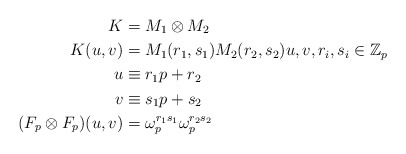
\begin{align*}K& = M_1 \otimes M_2 \\K(u,v)& = M_1(r_1, s_1) M_2(r_2, s_2)u, v, r_i, s_i \in \mathbb{Z}_p \\u& \equiv r_1 p + r_2 \\v& \equiv s_1 p + s_2 \\(F_p \otimes F_p) (u,v)& = \omega_p^{r_1 s_1}\omega_p^{r_2 s_2} \end{align*}